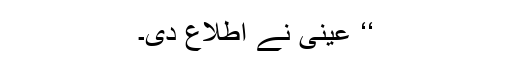
‘‘ عینی نے اطلاع دی۔